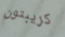
كريبتون